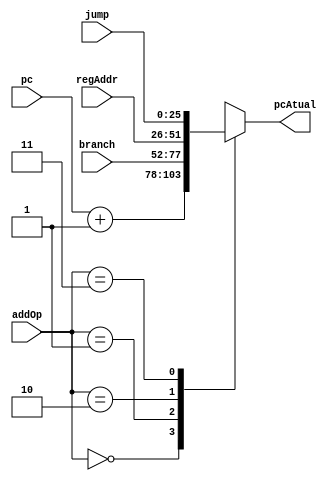
module somador_pc(pc, branch, regAddr, jump, addOp, pcAtual);
	// Entradas
	input [25:0] pc;								// Endereco do contador de programa atual
	input [25:0] branch;							// Endereco de desvios condicionais (branches), ou, de desvio com base em registradores
	input [25:0] regAddr;						// Endereco de um registrador
	input [25:0] jump;							// Endereco de desvios incondicionais (jumps)
	
	// Controle
	input [1:0] addOp;							// Decide como alterar o pc

	// Saida
	output [25:0] pcAtual;						// Endereco do contador de programa do proximo ciclo
	
	function [25:0] select;
		input [25:0] pc, branch, regAddr, jump;
		input [1:0] s;
		case (s)
			2'b00: select = pc + 26'd1;		// Incremento normal
			2'b01: select = branch;				// Desvio
			2'b10: select = regAddr;			// Salto baseado em registrador
			2'b11: select = jump;				// Salto
		endcase
	endfunction
	assign pcAtual = select(pc, branch, regAddr, jump, addOp);
endmodule